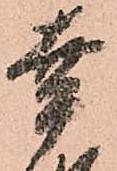
幸